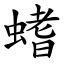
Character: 螧